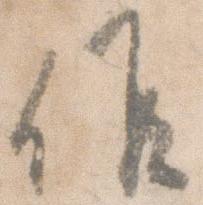
候